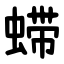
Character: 䗖